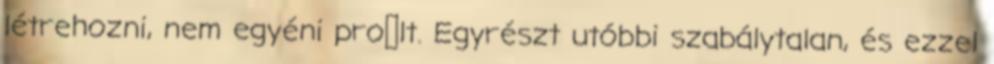
létrehozni, nem egyéni proﬁlt. Egyrészt utóbbi szabálytalan, és ezzel